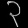
Digit: ၃